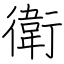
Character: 衛